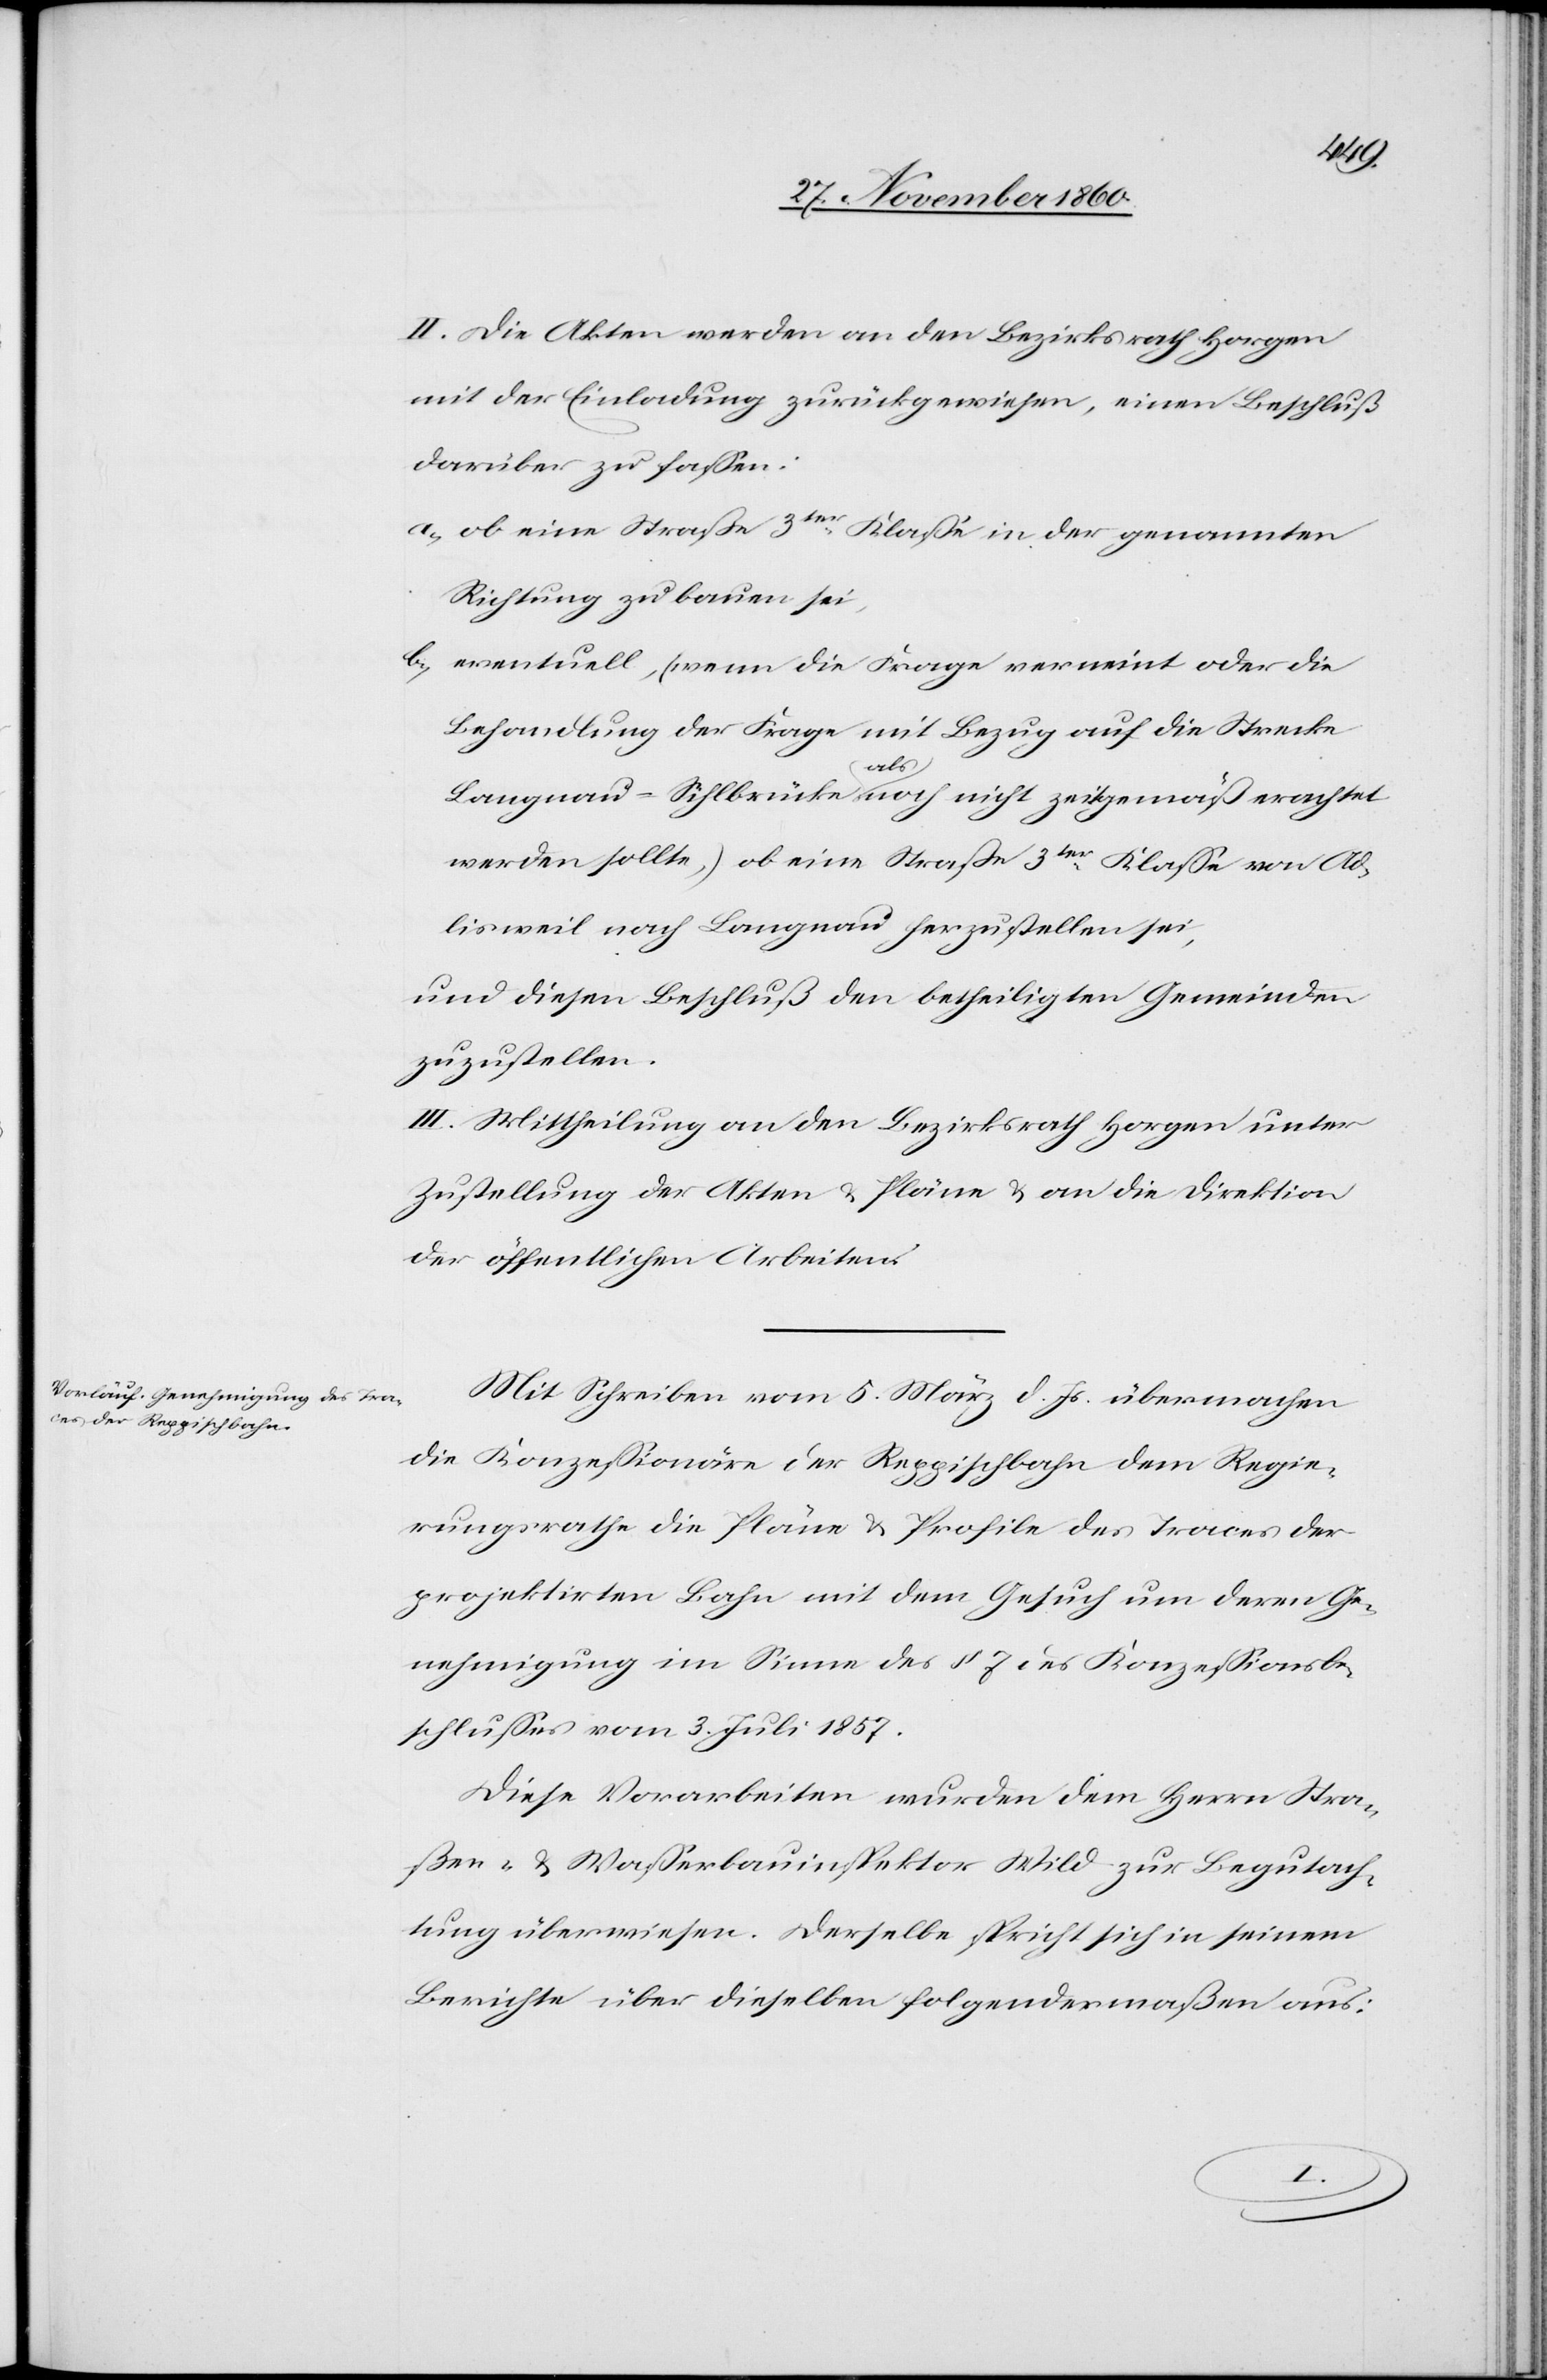
II. Die Akten werden an den Bezirksrath Horgen
mit der Einladung zurückgewiesen, einen Beschluß
darüber zu fassen:
a) ob eine Straße 3ter Klasse in der genannten
Richtung zu bauen sei.
b) eventuell, (wenn die Frage verneint oder die
Behandlung der Frage mit Bezug auf die Strecke
Langnau-Sihlbrücke als noch nicht zeitgemäß erachtet
werde sollte,) ob eine Straße 3ter Klasse von Ad¬
lisweil nach Langnau hergestellt sei,
und diesen Beschluß den betheiligten Gemeinden
zuzustellen.
III. Mittheilung an den Bezirksrath Horgen unter
Zustellung der Akten u. Pläne u. an die Direktion
der öffentlichen Arbeiten.
Mit Schreiben vom 5. März d. Js. übermachen
die Konzessionäre der Reppischbahn dem Regie¬
rungsrathe die Pläne u. Profile des Traces der
projektirten Bahn mit dem Gesuch um deren Ge¬
nehmigung im Sinne des § 7 des Konzessionsbe¬
schlusses vom 3. Juli 1857.
Diese Vorarbeiten wurden dem Herrn Stra¬
ßen- u. Wasserbauinspektor Wild zur Begutach¬
tung überwiesen. Derselbe spricht sich in seinem
Berichte über dieselben folgendermaßen aus: